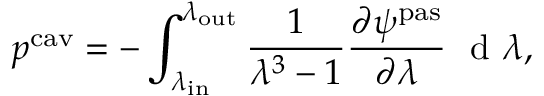
p ^ { \mathrm { c a v } } = - \int _ { \lambda _ { \mathrm { i n } } } ^ { \lambda _ { \mathrm { o u t } } } \frac { 1 } { \lambda ^ { 3 } - 1 } \frac { \partial \psi ^ { \mathrm { p a s } } } { \partial \lambda } \ \mathrm { ~ d ~ } \lambda ,